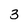
Character: 3